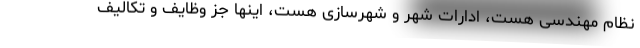
نظام مهندسی هست، ادارات شهر و شهرسازی هست، اینها جز وظایف و تکالیف